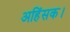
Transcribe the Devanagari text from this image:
अहिंसक।